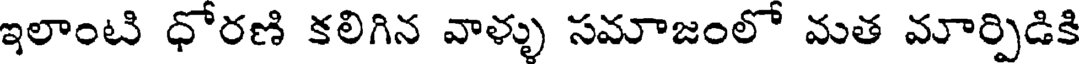
ఇలాంటి ధోరణి కలిగిన వాళ్ళు సమాజంలో మత మార్పిడికి